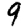
Digit: 9